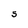
Character: S